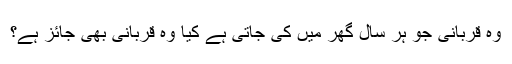
وہ قربانی جو ہر سال گھر میں کی جاتی ہے کیا وہ قربانی بھی جائز ہے؟